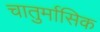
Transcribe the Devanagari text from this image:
चातुर्मासिक